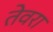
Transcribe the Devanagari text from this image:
तेवरा